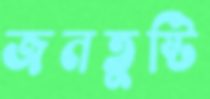
জনতুষ্টি